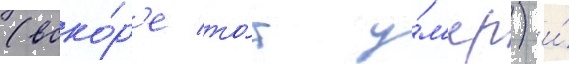
(вско́р'е то́т у́м'ер) и́